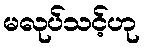
မလုပ်သင့်ဟု